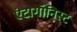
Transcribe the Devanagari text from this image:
एंटागॉनिस्ट